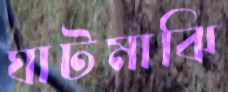
ঘাটমাঝি